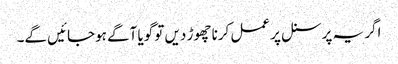
اگر یہ پرسنل پر عمل کرنا چھوڑ دیں تو گویا آگے ہوجائیں گے۔